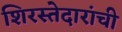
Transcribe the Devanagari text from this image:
शिरस्तेदारांची